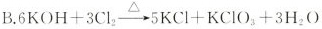
B.$$6KOH+3Cl_{2}\xrightarrow[]{\triangle } 5KCl+KClO_{3}+3H_{2}O$$